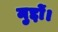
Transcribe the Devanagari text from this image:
मुद्दों।